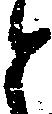
と